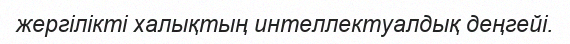
жергілікті халықтың интеллектуалдық деңгейі.